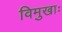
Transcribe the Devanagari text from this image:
विमुखाः